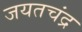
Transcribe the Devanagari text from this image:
जयतचंद्र